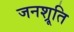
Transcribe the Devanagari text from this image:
जनश्रूति